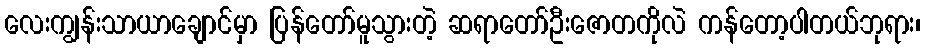
လေးကျွန်းသာယာချောင်မှာ ပြန်တော်မူသွားတဲ့ ဆရာတော်ဦးဇောတကိုလဲ ကန်တော့ပါတယ်ဘုရား၊